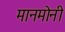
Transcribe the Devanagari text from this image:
मानमोनी